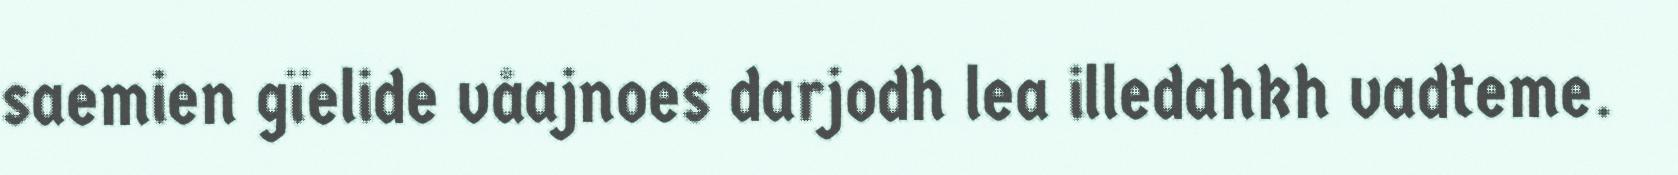
saemien gïelide våajnoes darjodh lea illedahkh vadteme.